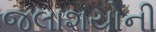
જલાશયોની